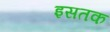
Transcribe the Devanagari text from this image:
इसतक